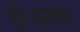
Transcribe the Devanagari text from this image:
डॉ॰अनवर